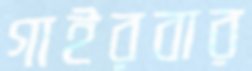
গাইরবার